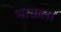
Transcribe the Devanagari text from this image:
भाऊला